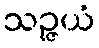
သဉ္ဇယံ